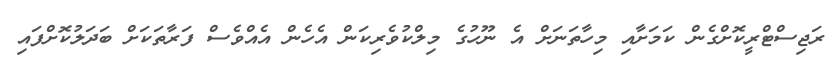
ރަޖިސްޓްރީކޮށްގެން ކަމަށާއި މިހާތަނަށް އެ ނޫހުގެ މިލްކުވެރިކަން އެހެން އެއްވެސް ފަރާތަކަށް ބަދަލުކޮށްފައި